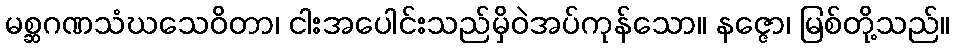
မစ္ဆဂဏသံဃသေဝိတာ၊ ငါးအပေါင်းသည်မှိဝဲအပ်ကုန်သော။ နဇ္ဇော၊ မြစ်တို့သည်။